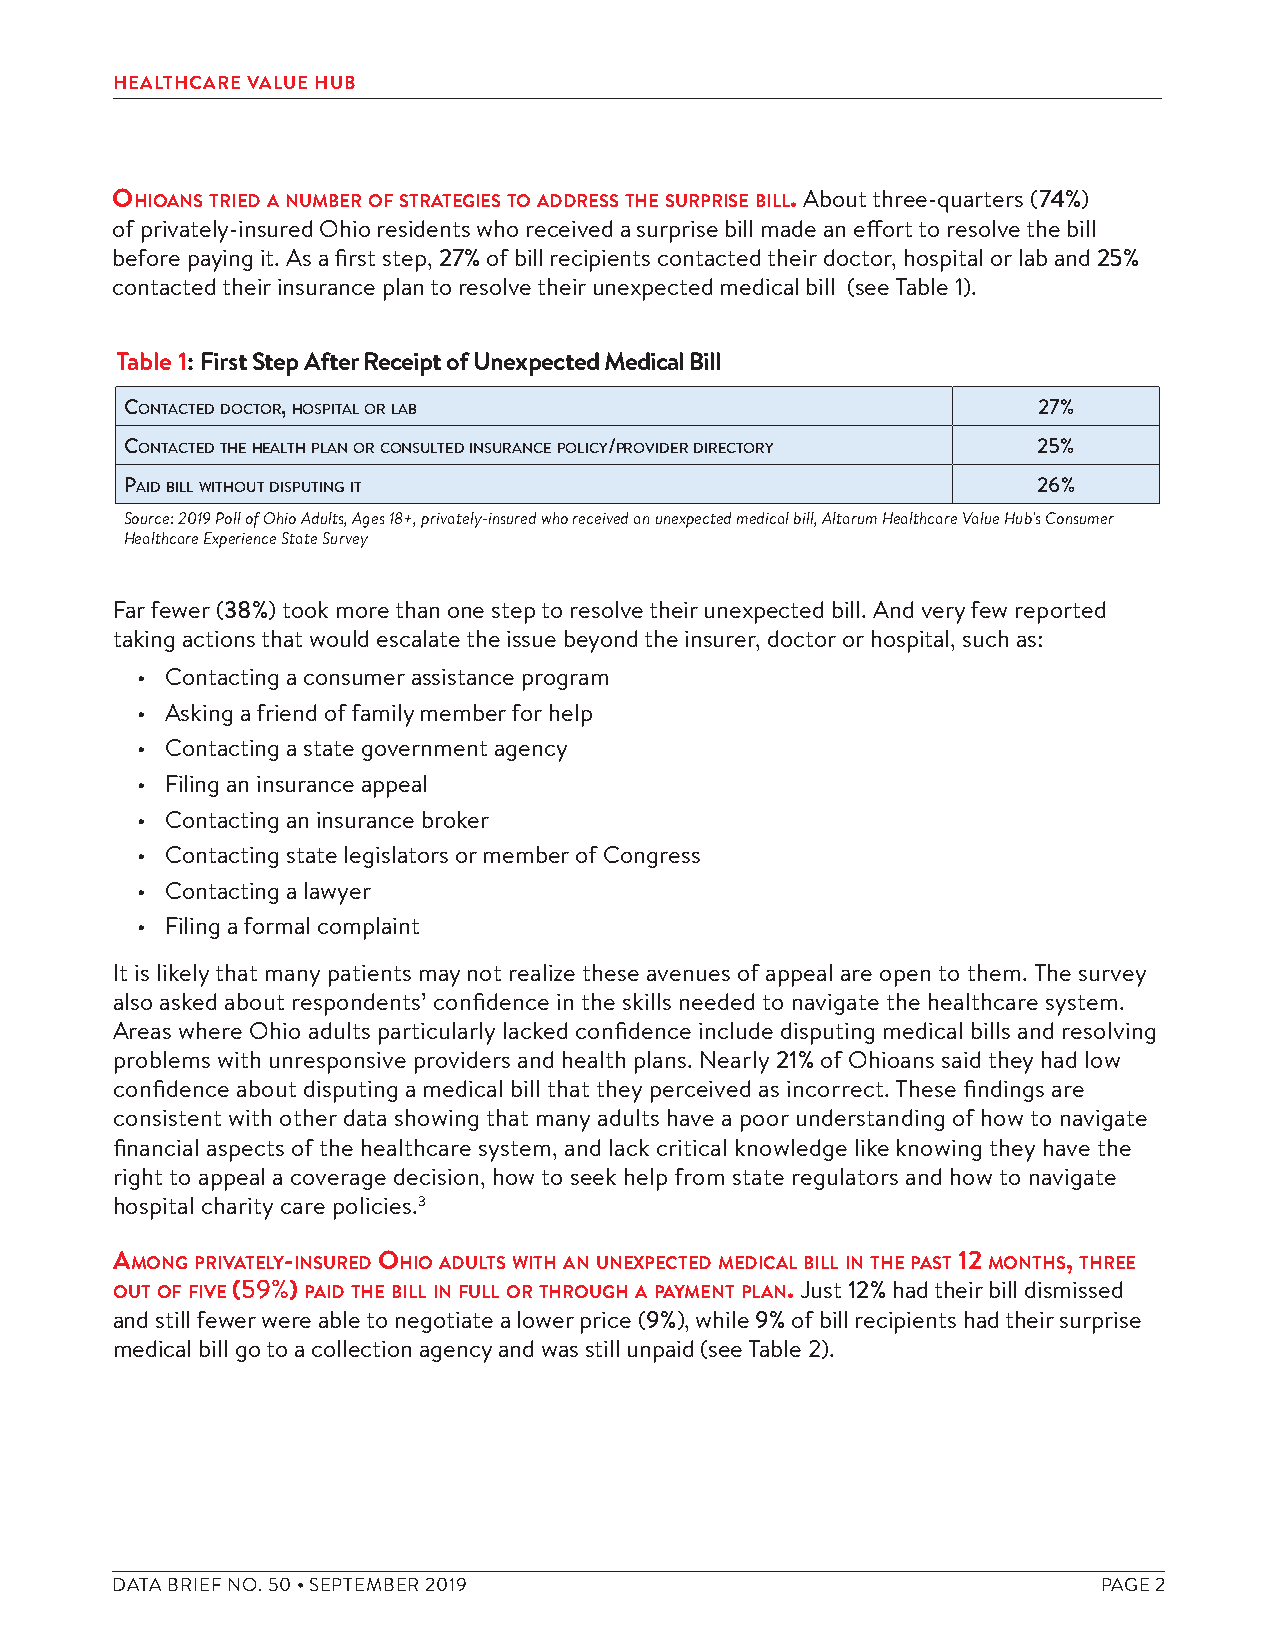
HEALTHCARE VALUE HUB
 ohioAns tried A number of strAtegies to Address the surprise bill. About three-quarters (74%)
 of privately-insured Ohio residents who received a surprise bill made an effort to resolve the bill
 before paying it. As a first step, 27% of bill recipients contacted their doctor, hospital or lab and 25%
 contacted their insurance plan to resolve their unexpected medical bill (see Table 1).
 Table 1: First Step After Receipt of Unexpected Medical Bill
 ContaCted doCtor, hospital or lab                            27%
 ContaCted the health plan or Consulted insuranCe poliCy/provider direCtory 25%
 paid bill without disputing it                               26%
 Source: 2019 Poll of Ohio Adults, Ages 18+, privately-insured who received an unexpected medical bill, Altarum Healthcare Value Hub's Consumer
 Healthcare Experience State Survey
 Far fewer (38%) took more than one step to resolve their unexpected bill. And very few reported
 taking actions that would escalate the issue beyond the insurer, doctor or hospital, such as:
 • Contacting a consumer assistance program
 • Asking a friend of family member for help
 • Contacting a state government agency
 • Filing an insurance appeal
 • Contacting an insurance broker
 • Contacting state legislators or member of Congress
 • Contacting a lawyer
 • Filing a formal complaint
 It is likely that many patients may not realize these avenues of appeal are open to them. The survey
 also asked about respondents’ confidence in the skills needed to navigate the healthcare system.
 Areas where Ohio adults particularly lacked confidence include disputing medical bills and resolving
 problems with unresponsive providers and health plans. Nearly 21% of Ohioans said they had low
 confidence about disputing a medical bill that they perceived as incorrect. These findings are
 consistent with other data showing that many adults have a poor understanding of how to navigate
 financial aspects of the healthcare system, and lack critical knowledge like knowing they have the
 right to appeal a coverage decision, how to seek help from state regulators and how to navigate
 hospital charity care policies.3
 Among privAtely-insured ohio Adults with An unexpected medicAl bill in the pAst 12 months, three
 out of five (59%) pAid the bill in full or through A pAyment plAn. Just 12% had their bill dismissed
 and still fewer were able to negotiate a lower price (9%), while 9% of bill recipients had their surprise
 medical bill go to a collection agency and was still unpaid (see Table 2).
 DATA BRIEF NO. 50 • SEPTEMBER 2019                                PAGE 2